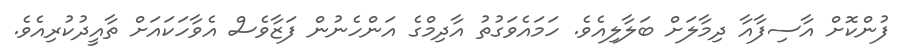
ފުންކޮށް އާސިފާއާ ދިމާލަށް ބަލާލިއެވެ. ހަމައެވަގުތު އާދިމްގެ އަންހެނުން ފަޒާވެސް އެވާހަކައަށް ތާއީދުކުރިއެވެ.